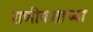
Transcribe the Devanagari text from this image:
राणीवशाच्या